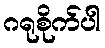
ဂရုစိုက်ပါ